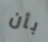
بأن